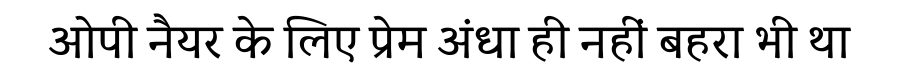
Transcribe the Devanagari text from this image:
ओपी नैयर के लिए प्रेम अंधा ही नहीं बहरा भी था